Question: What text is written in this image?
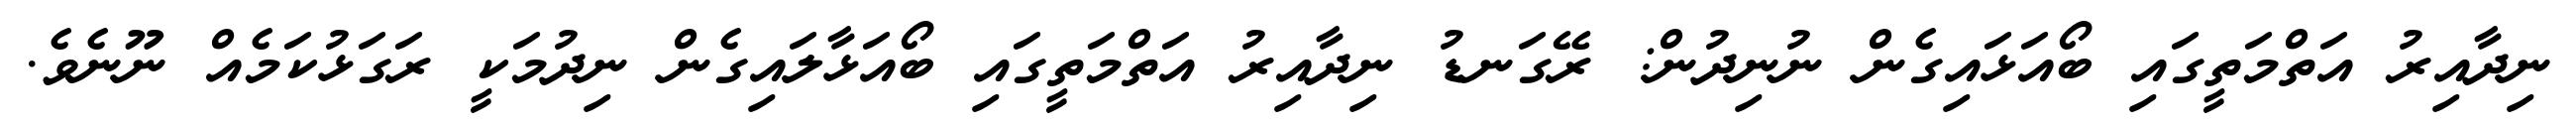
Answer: ނިދާއިރު އަތްމަތީގައި ބޯއަޅައިގެން ނުނިދުން: ރޭގަނޑު ނިދާއިރު އަތްމަތީގައި ބޯއަޅާލައިގެން ނިދުމަކީ ރަގަޅުކަމެއް ނޫނެވެ.